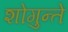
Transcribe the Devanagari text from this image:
शोगुन्ते